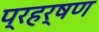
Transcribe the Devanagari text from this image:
प्रहर्षण